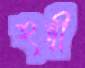
হন্ত্রী